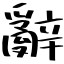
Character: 辭